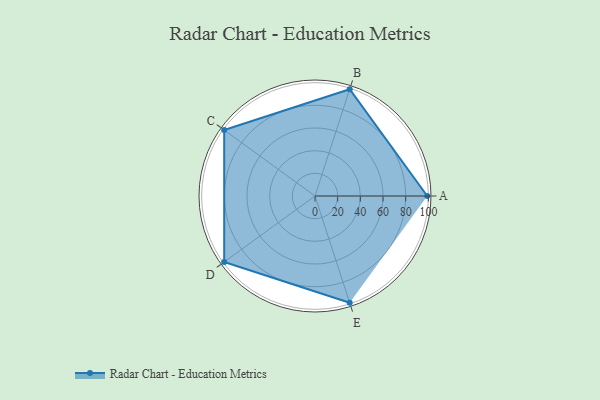
{"axis": {"x": "Skill", "y": "Score"}, "legend": ["Profile"], "data": [{"x": "A", "y": 99, "type": "Profile"}, {"x": "B", "y": 99, "type": "Profile"}, {"x": "C", "y": 99, "type": "Profile"}, {"x": "D", "y": 99, "type": "Profile"}, {"x": "E", "y": 99, "type": "Profile"}]}